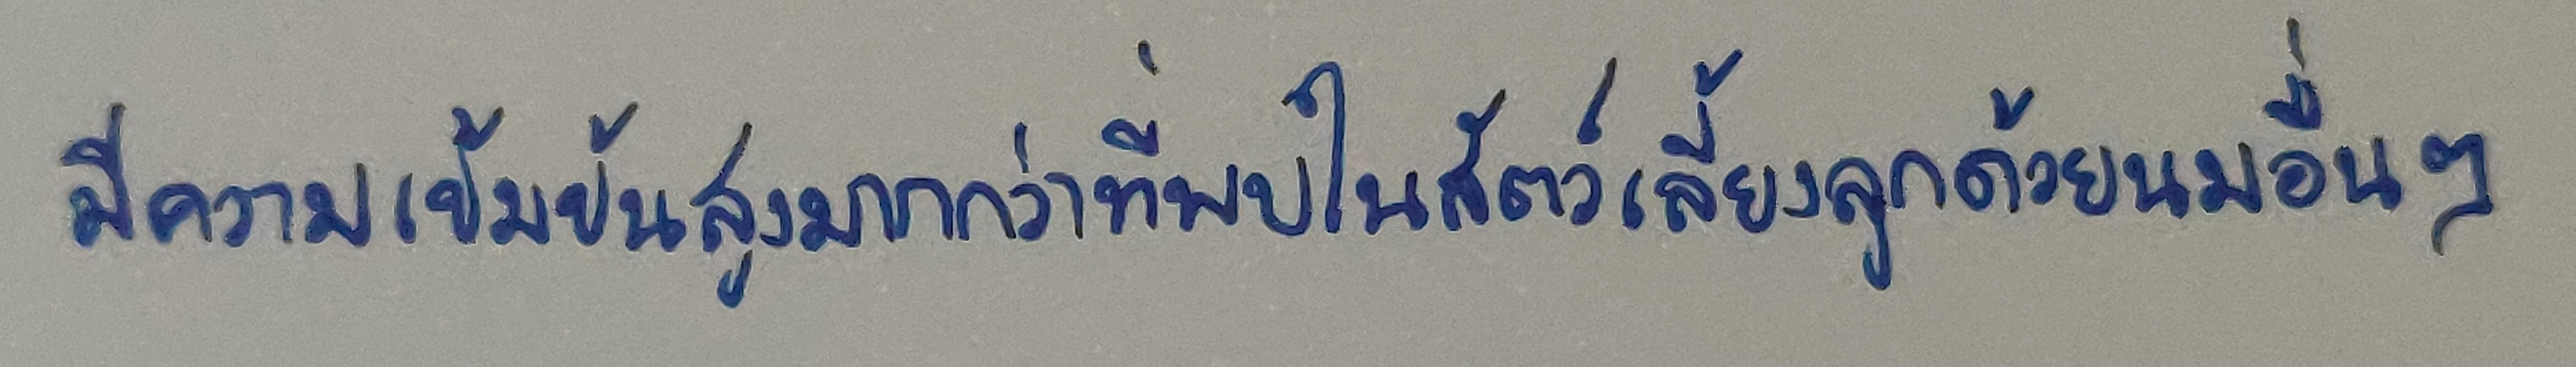
มีความเข้มข้นสูงมากกว่าที่พบในสัตว์เลี้ยงลูกด้วยนมอื่นๆ